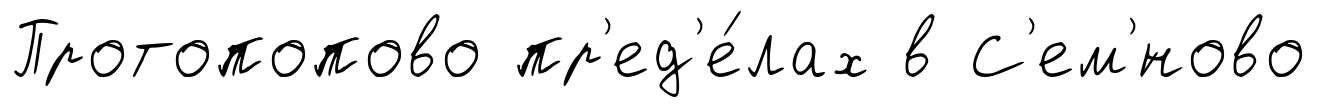
Протопопово пр'ед'е́лах в С'ем'́ново